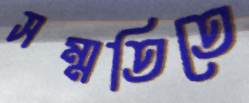
সম্মতিতে